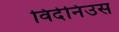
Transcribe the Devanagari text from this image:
विदेनिउस